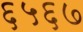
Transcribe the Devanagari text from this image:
६५६७